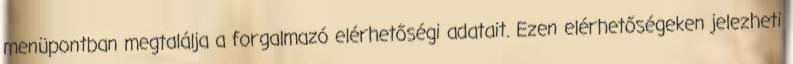
menüpontban megtalálja a forgalmazó elérhetőségi adatait. Ezen elérhetőségeken jelezheti